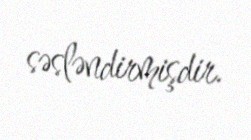
səsləndirmişdir.